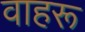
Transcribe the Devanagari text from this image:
वाहरू